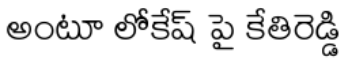
అంటూ లోకేష్ పై కేతిరెడ్డి